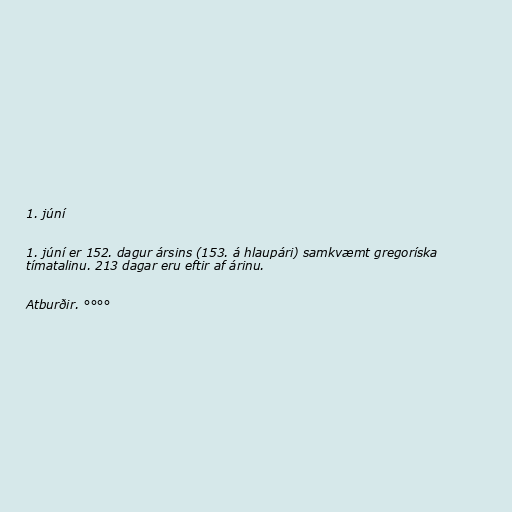
1. júní

1. júní er 152. dagur ársins (153. á hlaupári) samkvæmt gregoríska
tímatalinu. 213 dagar eru eftir af árinu.

Atburðir. °°°°